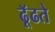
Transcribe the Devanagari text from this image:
ढूॅढते